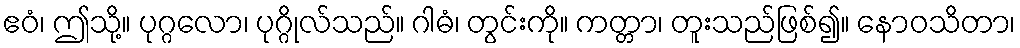
ဧဝံ၊ ဤသို့။ ပုဂ္ဂလော၊ ပုဂ္ဂိုလ်သည်။ ဂါဓံ၊ တွင်းကို။ ကတ္တာ၊ တူးသည်ဖြစ်၍။ နောဝသိတာ၊